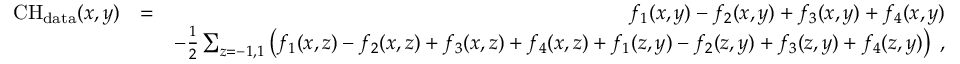
\begin{array} { r l r } { \mathrm { C H } _ { \mathrm { d a t a } } ( x , y ) } & { = } & { f _ { 1 } ( x , y ) - f _ { 2 } ( x , y ) + f _ { 3 } ( x , y ) + f _ { 4 } ( x , y ) } \\ & { } & { - \frac { 1 } { 2 } \sum _ { z = - 1 , 1 } \left( f _ { 1 } ( x , z ) - f _ { 2 } ( x , z ) + f _ { 3 } ( x , z ) + f _ { 4 } ( x , z ) + f _ { 1 } ( z , y ) - f _ { 2 } ( z , y ) + f _ { 3 } ( z , y ) + f _ { 4 } ( z , y ) \right) \; , } \end{array}